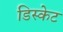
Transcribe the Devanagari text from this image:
डिस्केट